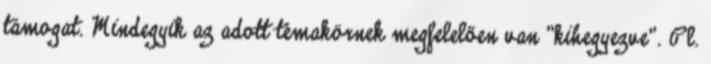
támogat. Mindegyik az adott témakörnek megfelelően van "kihegyezve". Pl.